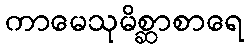
ကာမေသုမိစ္ဆာစာရေ